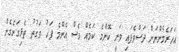
އަހަރެމެންނަށް ދަސްވެފައި ވަނީ ކޮންމެ ކަމެއް ވެސް އެންމެ ފަހު ވަގުތު ތެޅިގަނެގެން